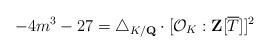
LaTeX: \begin{align*}-4m^{3}-27=\triangle_{K/\mathbf{Q}}\cdot\lbrack\mathcal{O}_{K}:\mathbf{Z}[\overline{T}]]^{2} \end{align*}